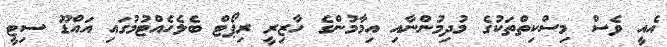
އެއީ ވެސް މިސްކިތްތަކުގެ މުދިމުންނާއި އިމާމުންގެ ހާޒިރީ ރިޕޯޓް ބެލެހެއްޓުމުގައި އައްޑޫ ސިޓީ